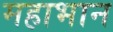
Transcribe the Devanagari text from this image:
महाभान